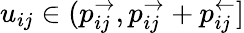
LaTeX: u_{ij}\in(p_{ij}^{\rightarrow},p_{ij}^{\rightarrow}+p_{ij}^{\leftarrow}]